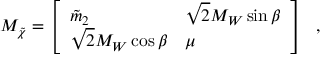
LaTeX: M _ { \tilde { \chi } } = \left[ \begin{array} { l l } { { \tilde { m } _ { 2 } } } & { { \sqrt { 2 } M _ { W } \sin \beta } } \\ { { \sqrt { 2 } M _ { W } \cos \beta } } & { { \mu } } \end{array} \right] \ \ ,